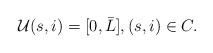
\begin{align*}\mathcal U(s,i) = [0, \bar L], (s,i) \in C.\end{align*}